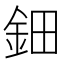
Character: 鈿